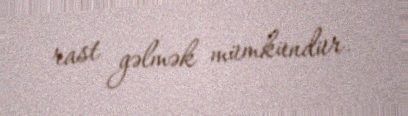
rast gəlmək mümkündür.